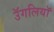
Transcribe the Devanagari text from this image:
उॅगलियाॅ